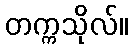
တက္ကသိုလ်။